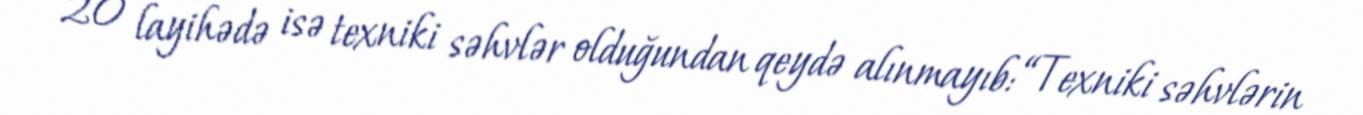
20 layihədə isə texniki səhvlər olduğundan qeydə alınmayıb: “Texniki səhvlərin